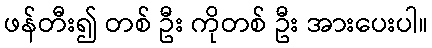
ဖန်တီး၍ တစ် ဦး ကိုတစ် ဦး အားပေးပါ။